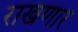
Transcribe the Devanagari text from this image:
राखणार